Scientific memoirs by medical officers of the Army of India - Part III,
Year: 1887
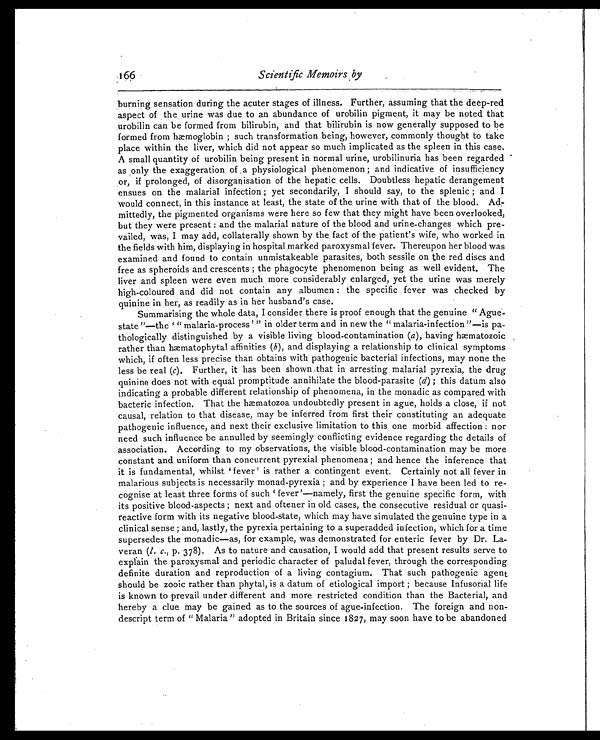
166
Scientific Memoirs by
burning sensation during the acuter stages of illness. Further, assuming that the deep-red
aspect of the , urine was due to an abundance of urobilin pigment, it may be noted that
urobilin can be formed from bilirubin, and that bilirubin is now generally supposed to be
formed from hæmoglobin ; such transformation being, however, commonly thought to take
place within the liver, which did not appear so much implicated as the spleen in this case.
A small quantity of urobilin being present in normal urine, urobilinuria has been regarded
as only the exaggeration of a physiological phenomenon ; and indicative of insufficiency
or, if prolonged, of disorganisation of the hepatic cells. Doubtless hepatic derangement
ensues on the malarial infection ; yet secondarily, I should say, to the splenic ; and I
would connect, in this instance at least, the state of the urine with that of the blood. Ad-
mittedly, the pigmented organisms were here so few that they might have been overlooked,
but they were present : and the malarial nature of the blood and urine-changes which pre-
vailed, was, I may add, collaterally shown by the, fact of the patient's wife, who worked in
the fields with him, displaying in hospital marked paroxysmal fever. Thereupon her blood was
examined and found to contain unmistakeable parasites, both sessile on the red discs and
free as spheroids and crescents ; the phagocyte phenomenon being as well evident. The
liver and spleen were even much more considerably enlarged, yet the urine was merely
high-coloured and did not contain any albumen : the specific fever was checked by
quinine in her, as readily as in her husband's case.
Summarising the whole data, I consider there is proof enough that the genuine “Ague-
state”—the ‘ “malaria-process’ ” in older term and in new the “malaria-infection”—is pa-
thologically distinguished by a visible living blood-contamination ( a ) , having hæmatozoic
rather than hæmatophytal affinities ( b ) , and displaying a relationship to clinical symptoms
which, if often less precise than obtains with pathogenic bacterial infections, may none the
less be real (c ). Further, it has been shown that in arresting malarial pyrexia, the drug
quinine does not with equal promptitude annihilate the blood-parasite (d) ; this datum also
indicating a probable different relationship of phenomena, in the monadic as compared with
bacteric infection. That the hæmatozoa undoubtedly present in ague, holds a close, if not
causal, relation to that disease, may be inferred from first their constituting an adequate
pathogenic influence, and next their exclusive limitation to this one morbid affection : nor
need such influence be annulled by seemingly conflicting evidence regarding the details of
association. According to my observations, the visible blood-contamination may be more
constant and uniform than concurrent pyrexial phenomena ; and hence the inference that
i t i s fundament al , whi l st ‘fever’ i s rat her a cont i ngent event . Cert ai nl y not al l fever i n
malarious subjects is necessarily monad-pyrexia ; and by experience I have been led to re-
cognise at least three forms of such ‘fever’—namely, first the genuine specific form, with
its positive blood-aspects ; next and oftener in old cases, the consecutive residual or quasi-
reactive form with its negative blood-state, which may have simulated the genuine type in a
clinical sense ; and, lastly, the pyrexia pertaining to a superadded infection, which for a time
supersedes the monadic—as, for example, was demonstrated for enteric fever by Dr. La-
veran (l. c., p. 378). As to nature and causation, I would add that present results serve to
explain the paroxysmal and periodic character of paludal fever, through the corresponding
definite duration and reproduction of a living contagium. That such pathogenic agent
should be zooic rather than phytal, is a datum of etiological import ; because Infusorial life
is known to prevail under different and more restricted condition than the Bacterial, and
hereby a clue may be gained as to the sources of ague-infection. The foreign and non-
descript term of “Malaria” adopted in Britain since 1827, may soon have to be abandoned